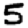
Digit: 5